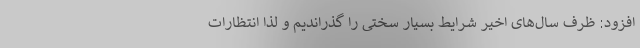
افزود: ظرف سال‌های اخیر شرایط بسیار سختی را گذراندیم و لذا انتظارات